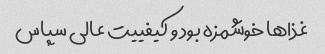
غذا‌ها خوشمزه بود و کیفییت عالی سپاس